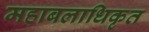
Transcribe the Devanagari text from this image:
महाबलाधिकृत